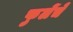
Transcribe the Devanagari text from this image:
फुलेंचे